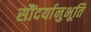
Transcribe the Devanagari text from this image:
सौंदर्यानुभूति